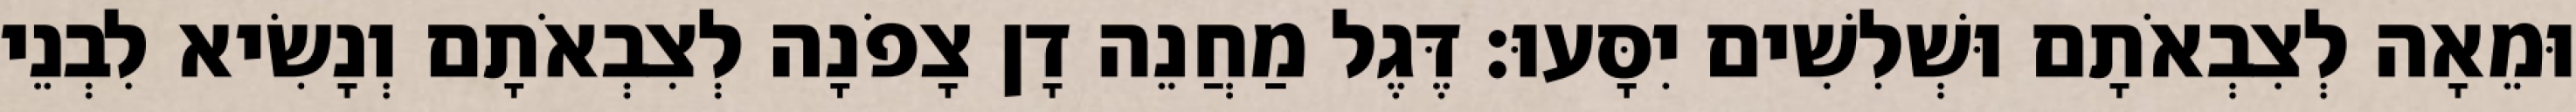
וּמֵאָה לְצִבְאֹתָם וּשְׁלִשִׁים יִסָּעוּ׃ דֶּגֶל מַחֲנֵה דָן צָפֹנָה לְצִבְאֹתָם וְנָשִׂיא לִבְנֵי